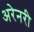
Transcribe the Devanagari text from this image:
अरेनरी